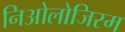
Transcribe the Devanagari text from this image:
निओलोजिस्म